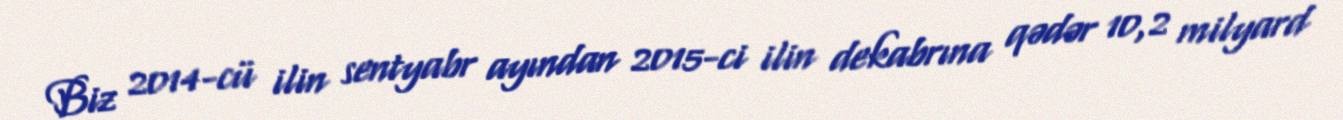
Biz 2014-cü ilin sentyabr ayından 2015-ci ilin dekabrına qədər 10,2 milyard